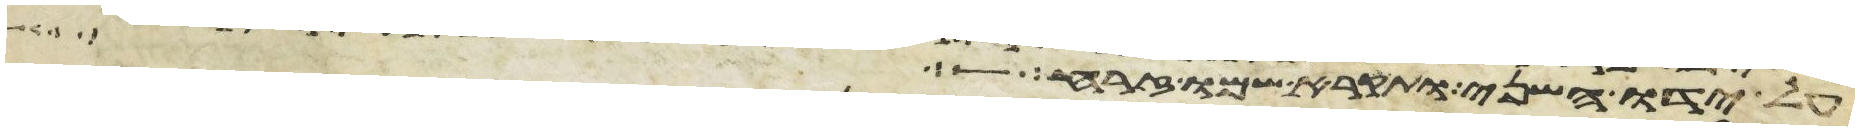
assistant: על ידו השני ותקרא שמו זרח